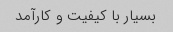
بسیار با کیفیت و کارآمد